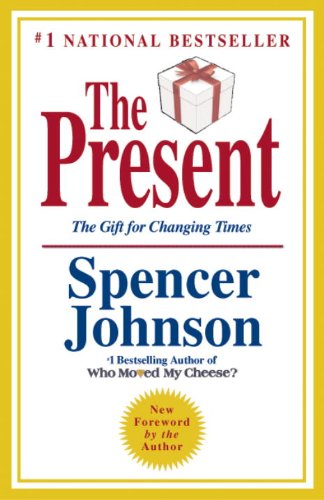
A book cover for The Present: The Gift for Changing Times; Spencer Johnson M.D.; Literature & Fiction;